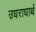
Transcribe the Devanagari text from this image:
उधराधार्थ